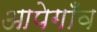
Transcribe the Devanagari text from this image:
आपेगाँव